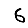
Digit: 6